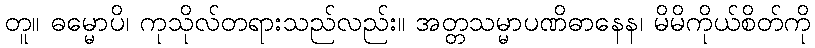
တူ။ ဓမ္မောပိ၊ ကုသိုလ်တရားသည်လည်း။ အတ္တသမ္မာပဏိဓာနေန၊ မိမိကိုယ်စိတ်ကို